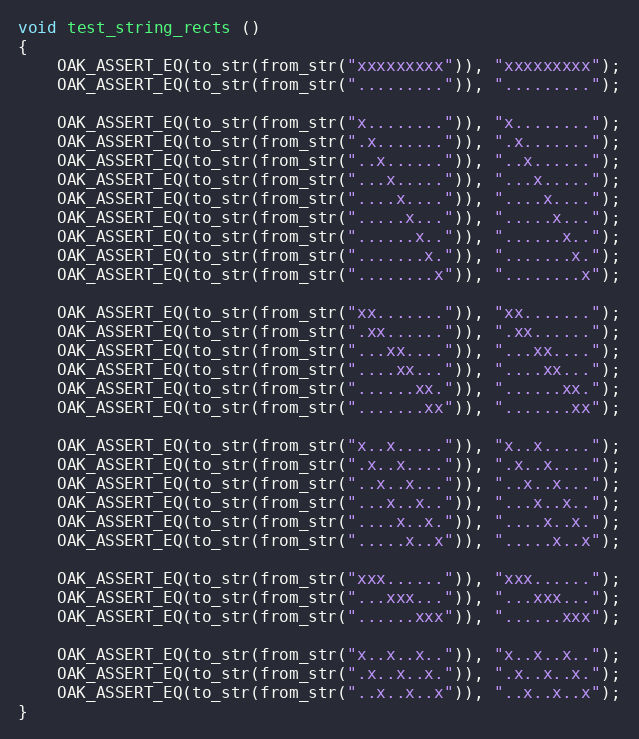
Language: C++
void test_string_rects ()
{
	OAK_ASSERT_EQ(to_str(from_str("xxxxxxxxx")), "xxxxxxxxx");
	OAK_ASSERT_EQ(to_str(from_str(".........")), ".........");

	OAK_ASSERT_EQ(to_str(from_str("x........")), "x........");
	OAK_ASSERT_EQ(to_str(from_str(".x.......")), ".x.......");
	OAK_ASSERT_EQ(to_str(from_str("..x......")), "..x......");
	OAK_ASSERT_EQ(to_str(from_str("...x.....")), "...x.....");
	OAK_ASSERT_EQ(to_str(from_str("....x....")), "....x....");
	OAK_ASSERT_EQ(to_str(from_str(".....x...")), ".....x...");
	OAK_ASSERT_EQ(to_str(from_str("......x..")), "......x..");
	OAK_ASSERT_EQ(to_str(from_str(".......x.")), ".......x.");
	OAK_ASSERT_EQ(to_str(from_str("........x")), "........x");

	OAK_ASSERT_EQ(to_str(from_str("xx.......")), "xx.......");
	OAK_ASSERT_EQ(to_str(from_str(".xx......")), ".xx......");
	OAK_ASSERT_EQ(to_str(from_str("...xx....")), "...xx....");
	OAK_ASSERT_EQ(to_str(from_str("....xx...")), "....xx...");
	OAK_ASSERT_EQ(to_str(from_str("......xx.")), "......xx.");
	OAK_ASSERT_EQ(to_str(from_str(".......xx")), ".......xx");

	OAK_ASSERT_EQ(to_str(from_str("x..x.....")), "x..x.....");
	OAK_ASSERT_EQ(to_str(from_str(".x..x....")), ".x..x....");
	OAK_ASSERT_EQ(to_str(from_str("..x..x...")), "..x..x...");
	OAK_ASSERT_EQ(to_str(from_str("...x..x..")), "...x..x..");
	OAK_ASSERT_EQ(to_str(from_str("....x..x.")), "....x..x.");
	OAK_ASSERT_EQ(to_str(from_str(".....x..x")), ".....x..x");

	OAK_ASSERT_EQ(to_str(from_str("xxx......")), "xxx......");
	OAK_ASSERT_EQ(to_str(from_str("...xxx...")), "...xxx...");
	OAK_ASSERT_EQ(to_str(from_str("......xxx")), "......xxx");

	OAK_ASSERT_EQ(to_str(from_str("x..x..x..")), "x..x..x..");
	OAK_ASSERT_EQ(to_str(from_str(".x..x..x.")), ".x..x..x.");
	OAK_ASSERT_EQ(to_str(from_str("..x..x..x")), "..x..x..x");
}